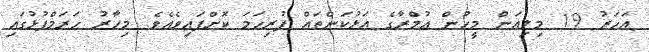
އަހަރު 19 މިލިއަން މީހުން އުމްރާގެ އަޅުކަންތައް ފުރިހަމަ ކޮށްފައިވެއެވެ. މިހާރު ހަރަމްފުޅުގައި